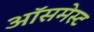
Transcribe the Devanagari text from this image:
ऑसमेस्ट